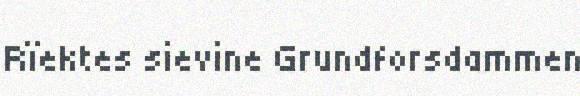
Rïektes sievine Grundforsdammen